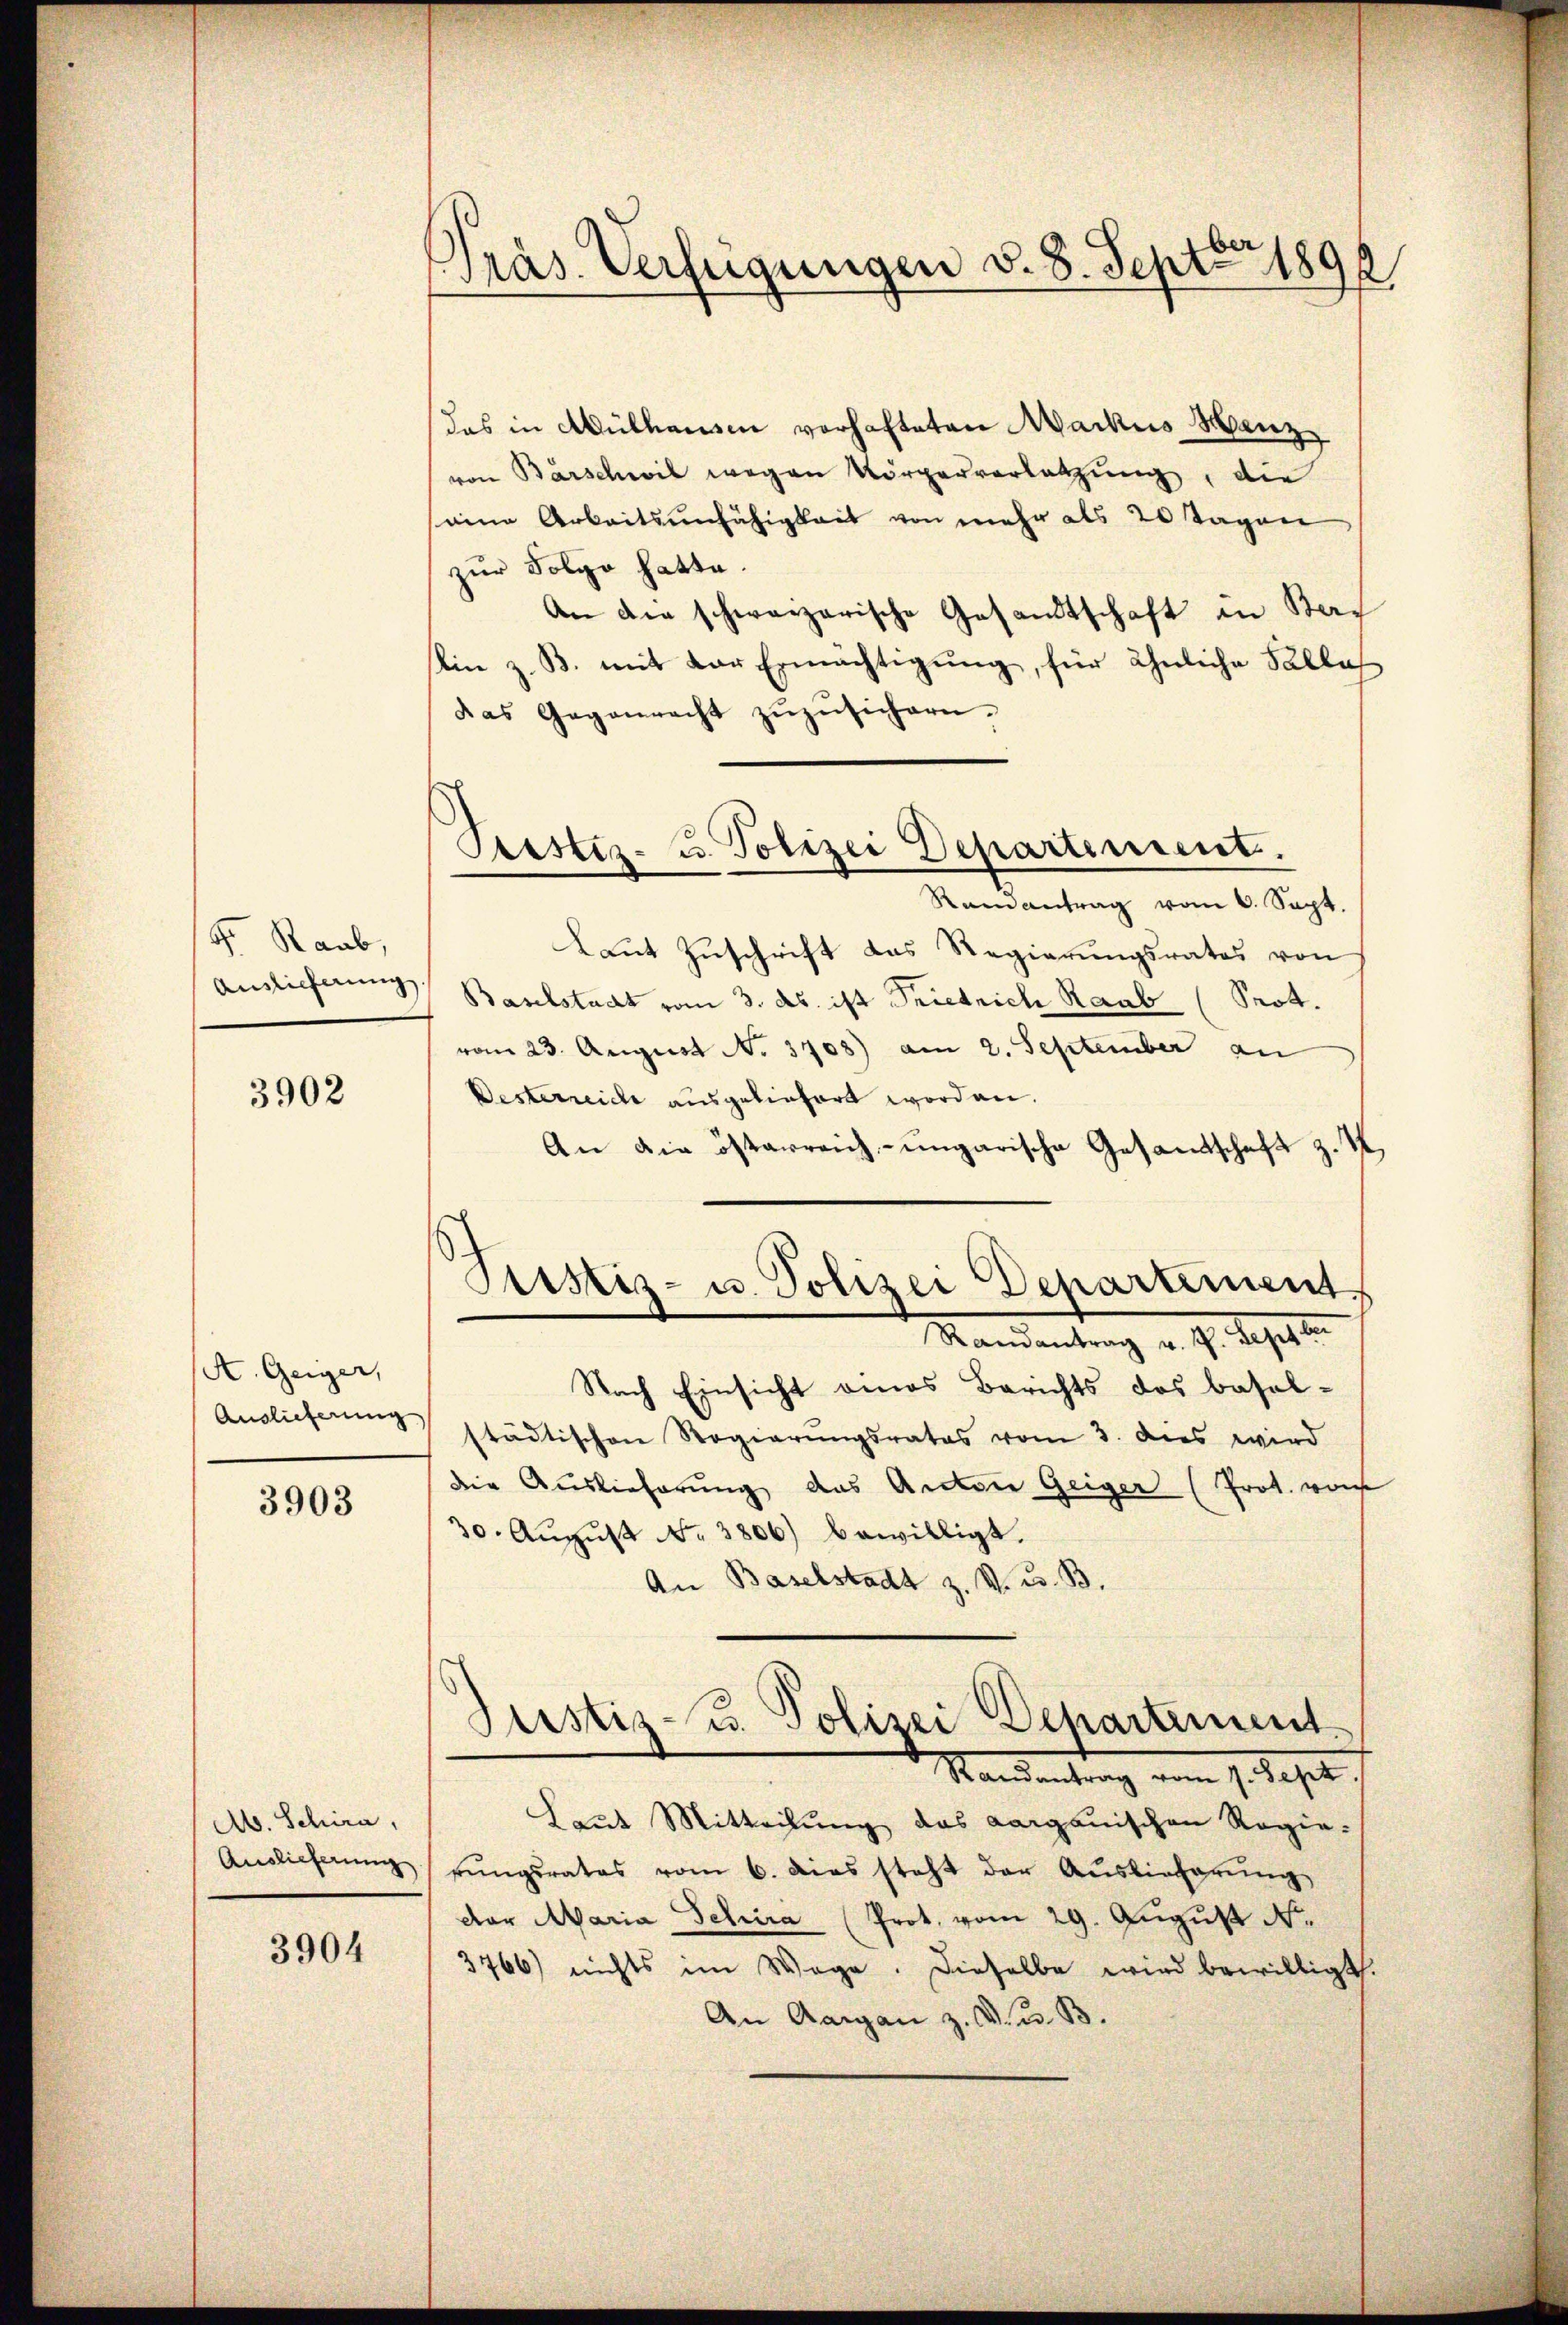
S Raab,
Auslieferung.

3902

A. Geiger,
Auslieferung

3903

Ab. Schira,
Auslieferung

3904

Präs. Verfügungen v. 8. Septbr 180
2

Prestes- u. Polizei Departement.
e

das in Mülhausen verhafteten Markus Hanz
von Barschwil wegen Körperverletzŭng, die
seine Arbeitsunfähigkeit von mehr als 20 Tagen
zur Folge hatte.
An die schweizerische Gesandtschaft in Belin z. B. mit der Ermächtigung, für ähnliche Falle
das Gegenrecht zŭzŭsichern.
Ramantrag vom 6. Sept.
Laut Zuschrift das Regierungsrates von
Baselstadt vom 3. ds. ist Friedrich Raab (Prot.
vom 23. August No. 3708) am 2. September au
Desterreiche ausgeliefert worden.
An die österreich-ungarische Gesandtschaft z.
d
Justiz- u. Polizei Departement.
Mandantrag v. J. Sept.
Nach Einsicht eines Berichts des Basel-
städtischen Regierŭngsrates vom 3. dies wird
die Auslieferung das Anton Geiger (Prot. von
30. Aŭgŭst No. 3806) bewilligt.
An Baselstadt z. V. u. B.
Justiz- u. Polizei Departement.
Randantrag vom 1. Sept.
Laut Mitteilung das Aargauischen Regie-
rŭngsrates vom 6. das steht der Auslieferŭng
der Maria Schira (Prot. vom 29. August No.
3766) nichts im Wege. Dieselbe wird bewilligt.
An Aargau z. B. u. B